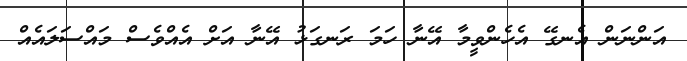
އަންނަން އެނގޭ އެހެންވީމާ އޭނާ ހަމަ ރަނގަޅު އޭނާ އަށް އެއްވެސް މައްސަލައެއް